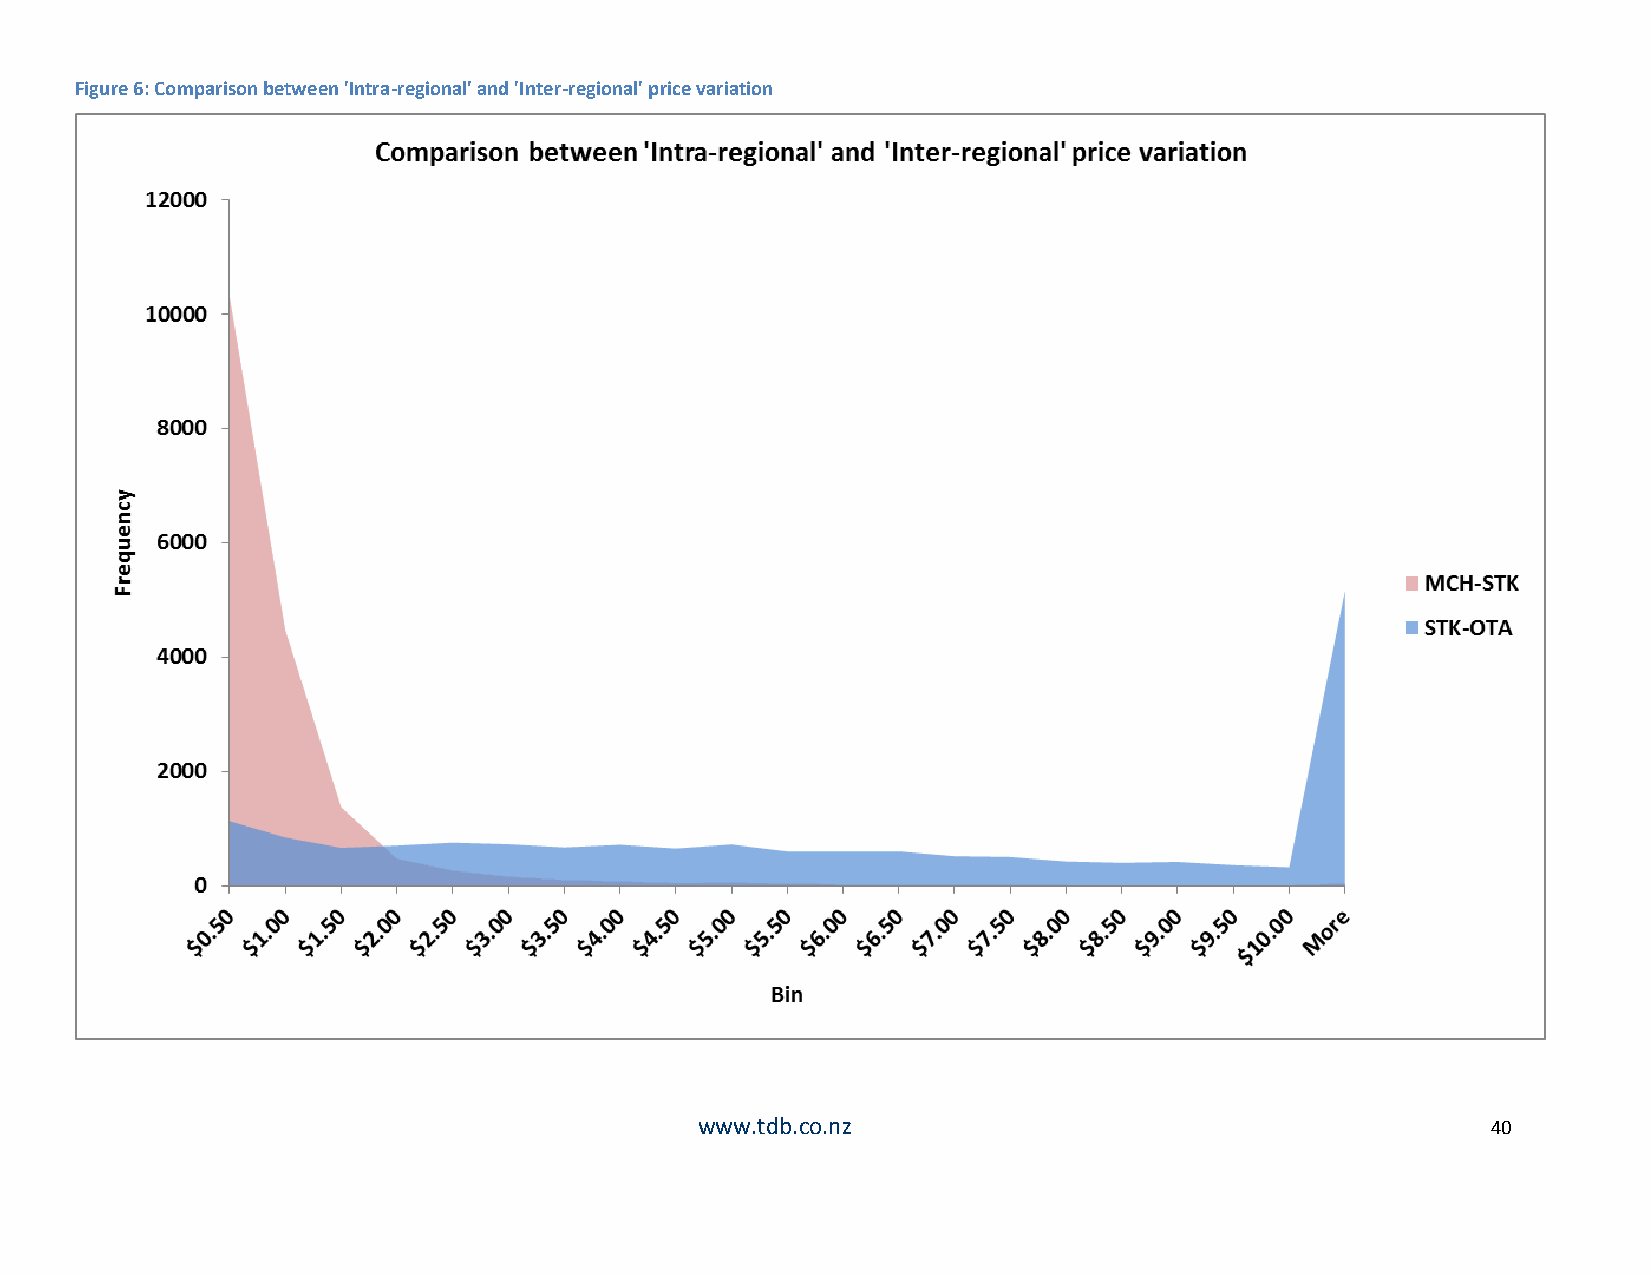
Figure 6: Comparison between 'Intra-regional' and 'Inter-regional' price variation
 www.tdb.co.nz                                        40